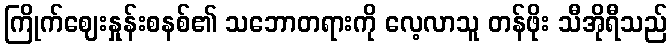
ကြိုက်ဈေးနှုန်းစနစ်၏ သဘောတရားကို လေ့လာသူ တန်ဖိုး သီအိုရီသည်